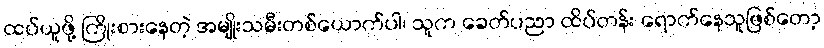
ထပ်ယူဖို့ ကြိုးစားနေတဲ့ အမျိုးသမီးတစ်ယောက်ပါ၊ သူက ခေတ်ပညာ ထိပ်တန်း ရောက်နေသူဖြစ်တော့